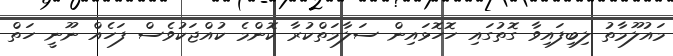
މައުލޫމާތު ލިބިފައިވާ ގޮތުގައި ހޮހޮޅައިން ސަލާމަތްކުރާ ކޮންމެ ކުއްޖަކުވެސް ފަހެއް ނޫނީ ހަތް